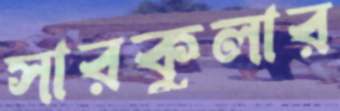
সারকুলার